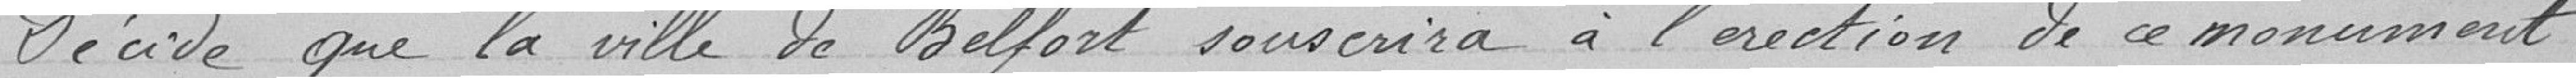
Décide que la ville de Belfort souscrira à l'érection de ce monument